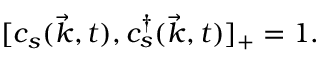
[ c _ { s } ( \vec { k } , t ) , c _ { s } ^ { \dag } ( \vec { k } , t ) ] _ { + } = 1 .